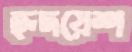
হৃদয়েশ